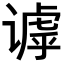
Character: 𬤙